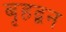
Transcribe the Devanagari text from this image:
बृहद्बन